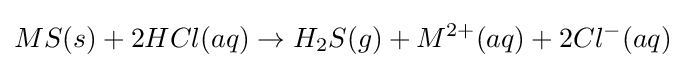
MS(s)+2HCl(aq)\rightarrow H_{2}S(g)+M^{2+}(aq)+2Cl^{-}(aq)